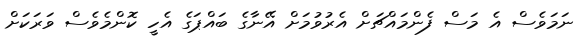
ނަމަވެސް އެ މަސް ފެންމައްޗަށް އެރުވުމަށް އޭނާގެ ބައްޕަގެ އެހީ ކޮންމެވެސް ވަރަކަށް